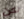
لكن